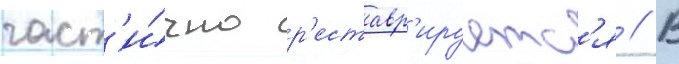
част'и́чно р'еставр'ируетс'я // В